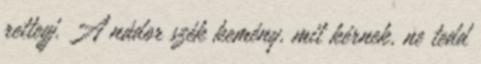
rettegj. A nádor szék kemény, mit kérnek, ne tedd